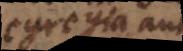
egregia aut